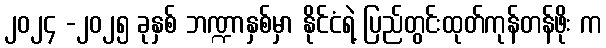
၂၀၂၄ -၂၀၂၅ ခုနှစ် ဘဏ္ဍာနှစ်မှာ နိုင်ငံရဲ့ ပြည်တွင်းထုတ်ကုန်တန်ဖိုး က